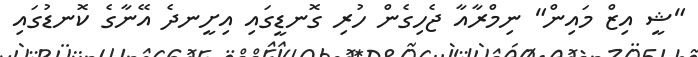
"ޝީ އިޒް މައިން" ނިމްރާއާ ޖެހިގެން ހުރި ގޮނޑީގައި އިށީނދެ އޭނާގެ ކޮނޑުގައި